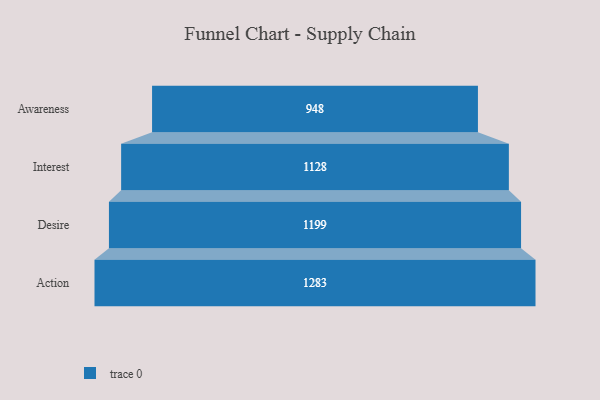
{"axis": {"x": "Stage", "y": "Value"}, "legend": [""], "data": [{"x": "Awareness", "y": 948.0, "type": ""}, {"x": "Interest", "y": 1128.0, "type": ""}, {"x": "Desire", "y": 1199.0, "type": ""}, {"x": "Action", "y": 1283.0, "type": ""}]}